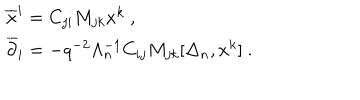
\begin{array} { l } { { { \overline { { x } } ^ { i } } = C _ { j i } M _ { j k } x ^ { k } ~ , } } \\ { { { \overline { { \partial } } _ { i } } = - q ^ { - 2 } \Lambda _ { n } ^ { - 1 } C _ { i j } M _ { j k } [ \Delta _ { n } , x ^ { k } ] ~ . } } \\ \end{array}